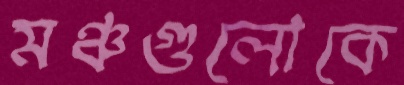
মঞ্চগুলোকে